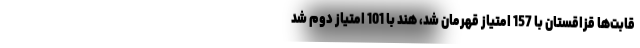
قابت‌ها قزاقستان با 157 امتیاز قهرمان شد، هند با 101 امتیاز دوم شد